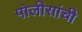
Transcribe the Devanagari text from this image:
पोलीसांची